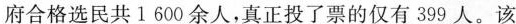
府合格选民共1600余人，真正投了票的仅有399人。该